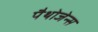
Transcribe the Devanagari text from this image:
पैथोजेन्स